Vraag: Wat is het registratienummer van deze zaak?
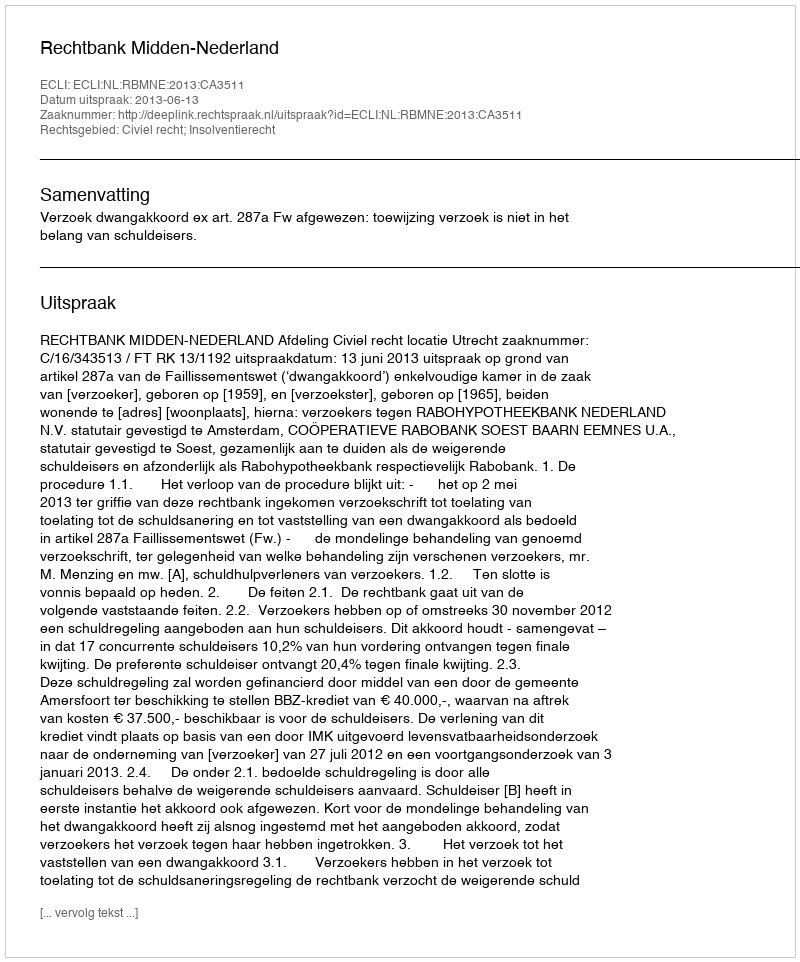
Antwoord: http://deeplink.rechtspraak.nl/uitspraak?id=ECLI:NL:RBMNE:2013:CA3511